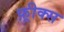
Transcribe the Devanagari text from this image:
फ़्रीक्स